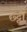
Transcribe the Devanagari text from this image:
छ्ट्टी